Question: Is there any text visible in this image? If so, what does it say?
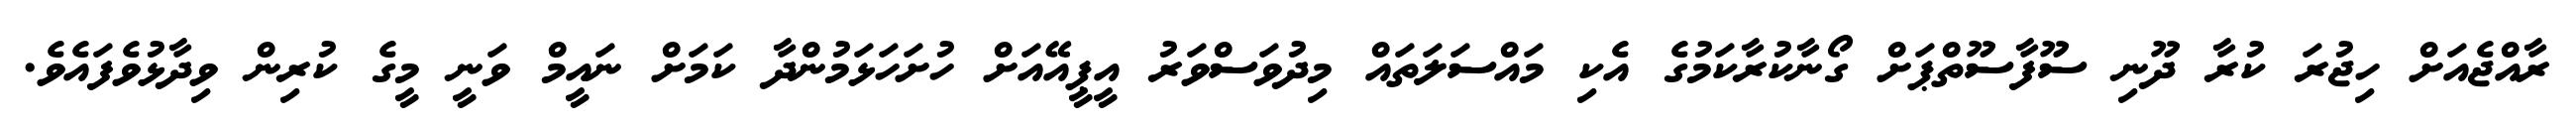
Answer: ރާއްޖެއަށް ހިޖުރަ ކުރާ ދޫނި ސޫފާސޫތްޕަށް ގޯނާކުރާކަމުގެ އެކި މައްސަލަތައް މިދުވަސްވަރު އީޕީއޭއަށް ހުށަހަޅަމުންދާ ކަމަށް ނައީމް ވަނީ މީގެ ކުރިން ވިދާޅުވެފައެވެ.